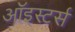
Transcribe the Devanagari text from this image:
ऑइस्टर्स